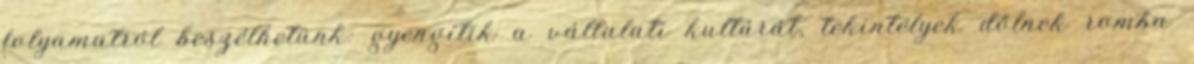
folyamatról beszélhetünk: gyengítik a vállalati kultúrát, tekintélyek dőlnek romba